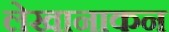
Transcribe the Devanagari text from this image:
लेखानाकन